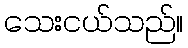
သေးငယ်သည်။